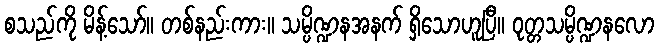
စသည်ကို မိန့်သော်။ တစ်နည်းကား။ သမ္ပိဏ္ဍနအနက် ရှိသောဟူပြီ။ ဝုတ္တသမ္ပိဏ္ဍနလော